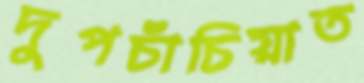
দুপচাঁচিয়াত